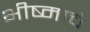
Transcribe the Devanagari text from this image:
भीष्माचे